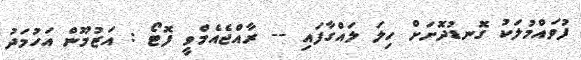
ފުވައްމުލަކު ގޮނޑުދޮށަށް ހިލަ ލައްގާފައި -- ރާއްޖެއެމްވީ ފޮޓޯ : އަޒުމޫން އަހުމަދު